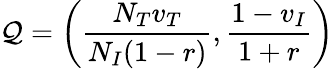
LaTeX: \mathcal{Q}=\left(\frac{N_{T}v_{T}}{N_{I}(1-r)},\frac{1-v_{I}}{1+r}\right)